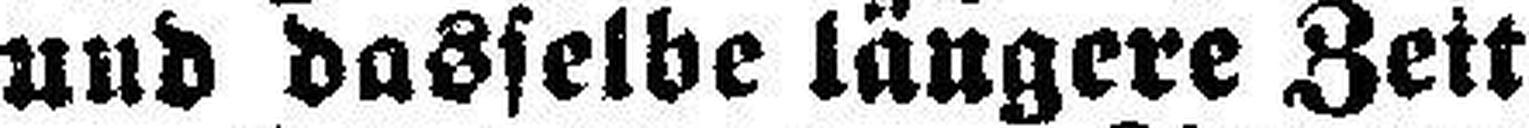
und dasselbe längere Zeit